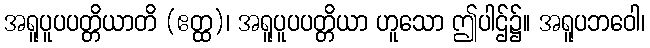
အရူပူပပတ္တိယာတိ (ဧတ္ထ)၊ အရူပူပပတ္တိယာ ဟူသော ဤပါဌ်၌။ အရူပဘဝေါ၊